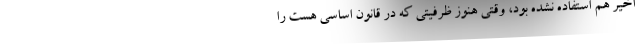
اخیر هم استفاده نشده بود، وقتی هنوز ظرفیتی که در قانون اساسی هست را